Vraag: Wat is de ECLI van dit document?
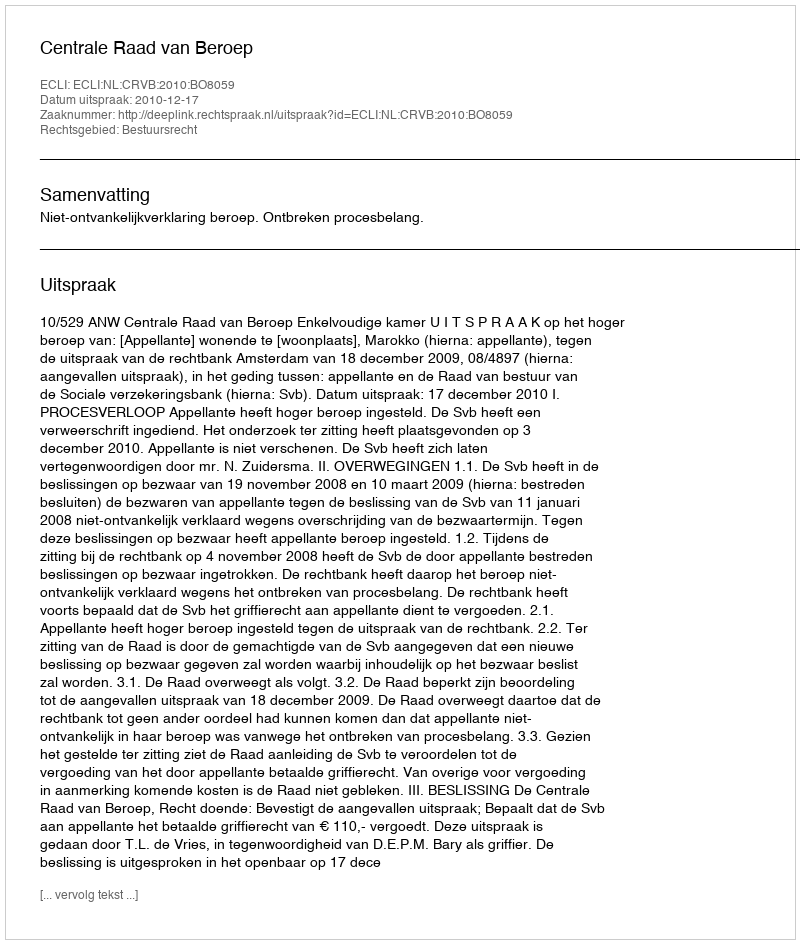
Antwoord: ECLI:NL:CRVB:2010:BO8059